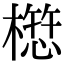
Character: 𭬁